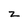
Character: z